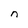
Character: n